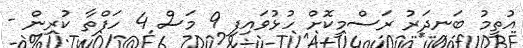
އުތީމު ބަނދަރު ރަސްމީކޮށް ހުޅުވައިފި 9 މަސް 4 ހަފްތާ ކުރިން -